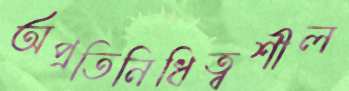
অপ্রতিনিধিত্বশীল